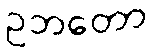
ဥဘတော